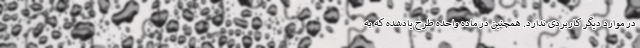
در موارد دیگر کاربردی ندارد. همچنین در ماده واحده طرح یادشده که به